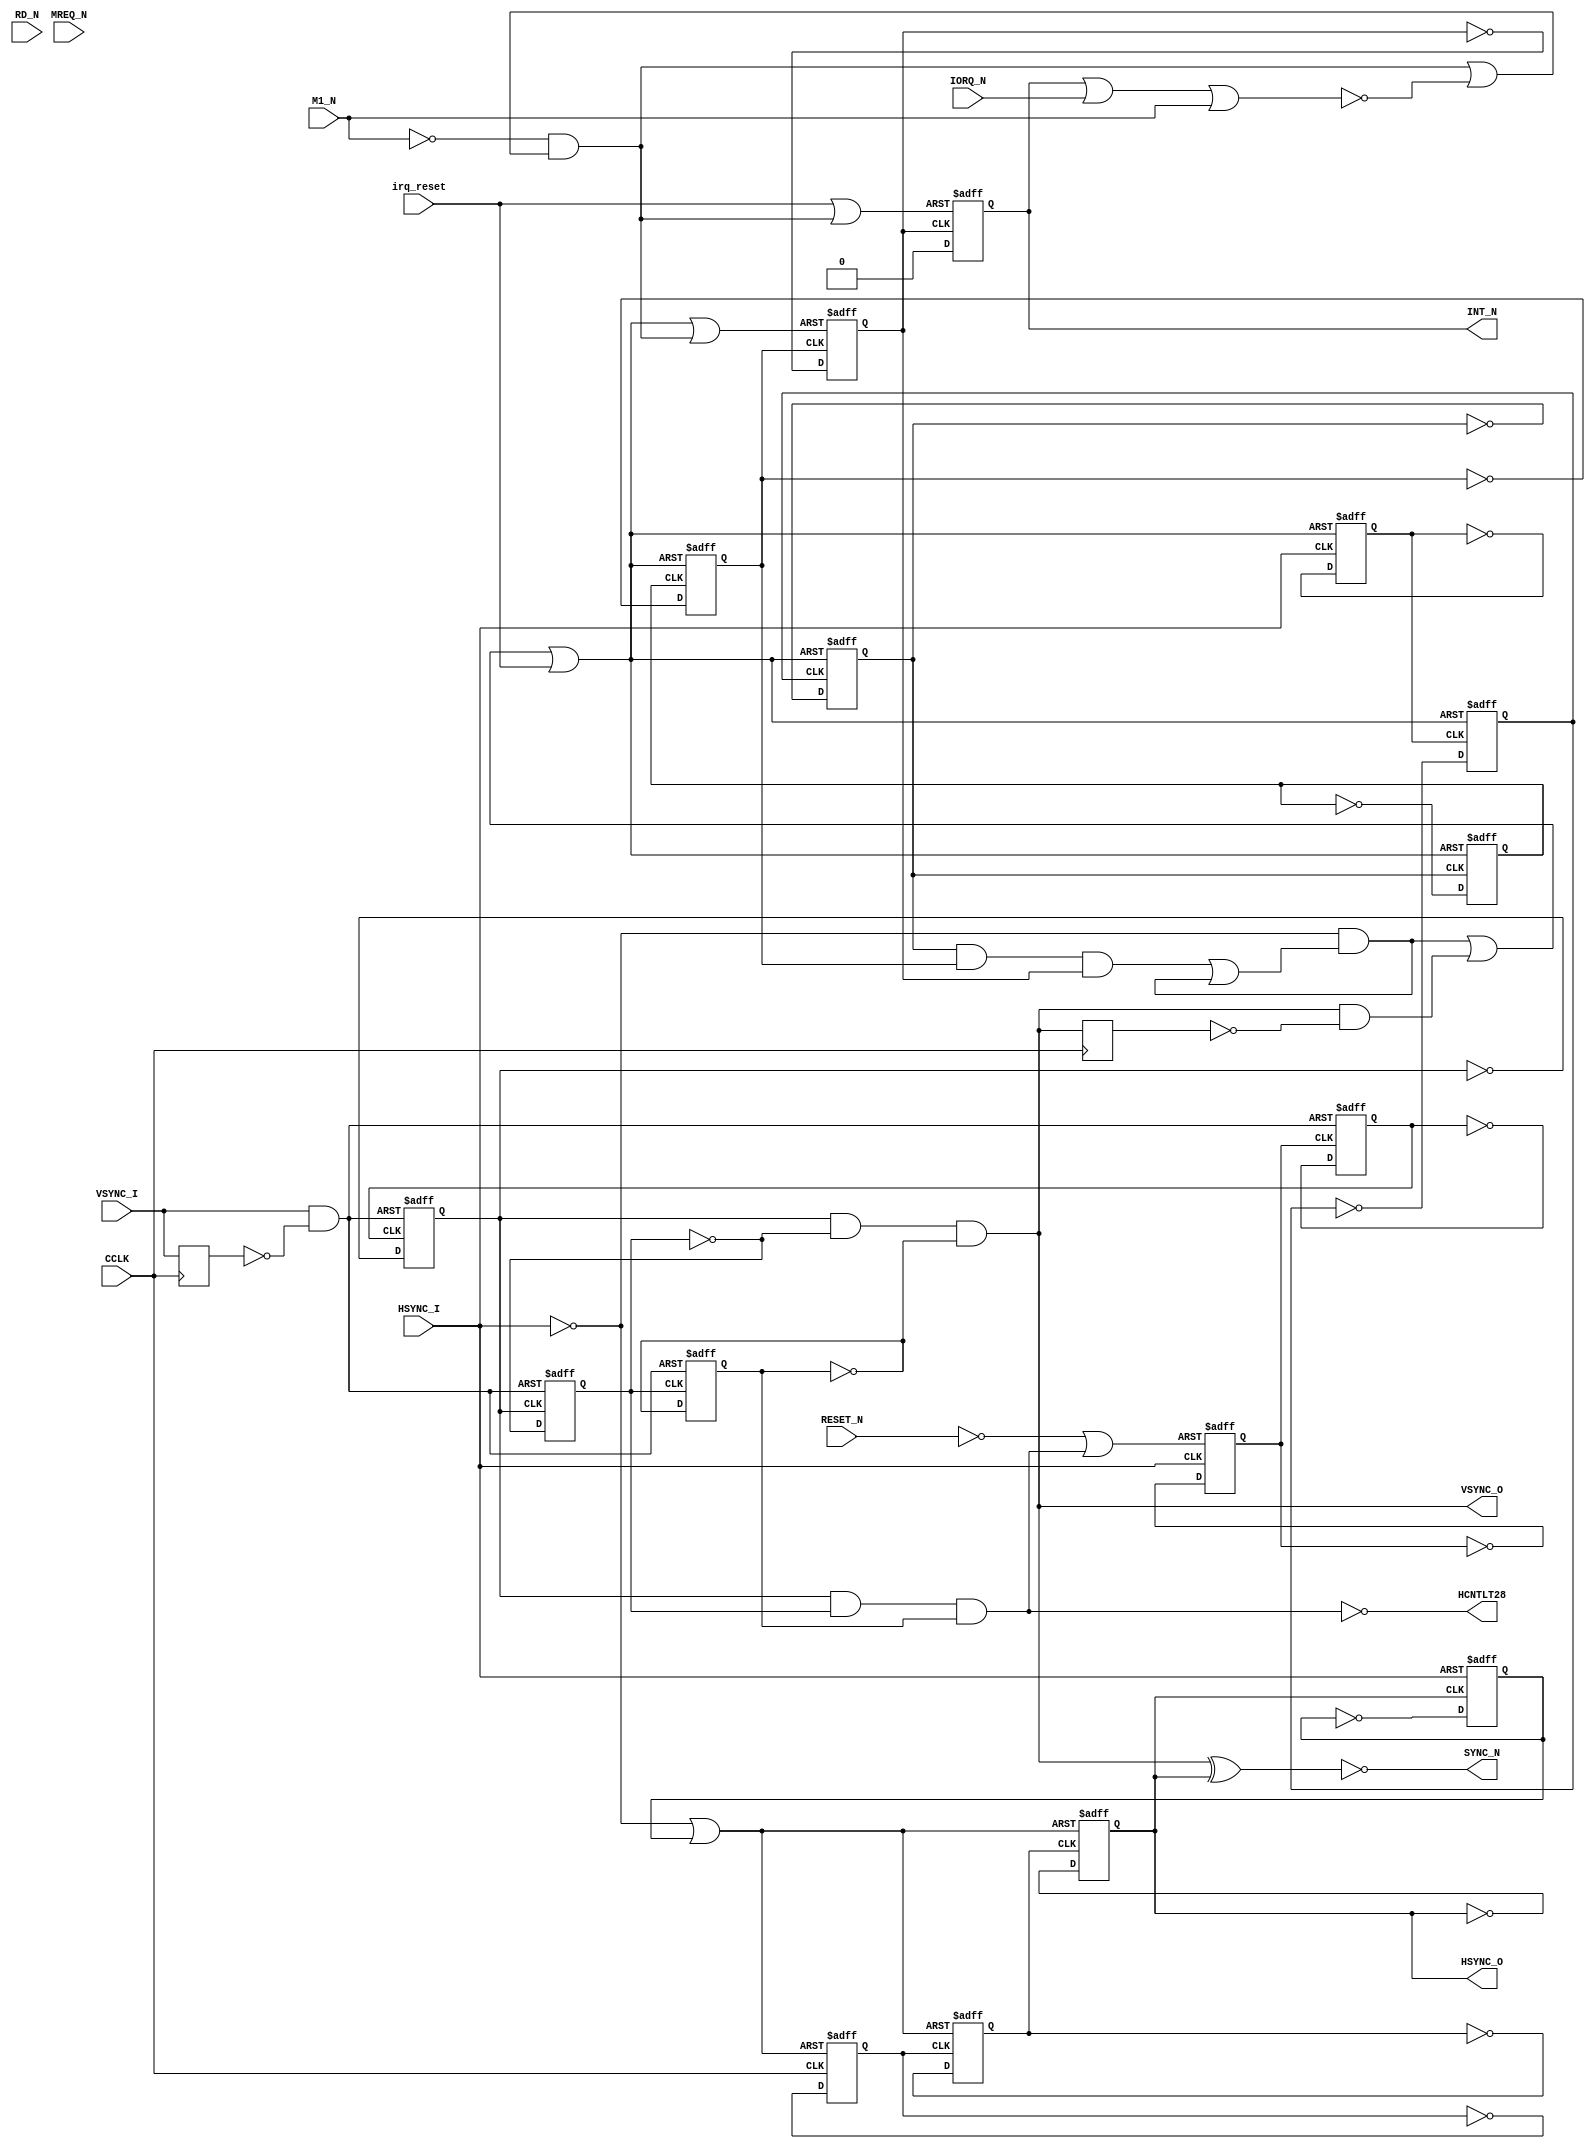
// ====================================================================
//
//  Amstrad CPC Gate Array
//  Based on 40010-simplified_V03.pdf by Gerald
//
//  Copyright (C) 2020 Gyorgy Szombathelyi <gyurco@freemail.hu>
//
//  This program is free software; you can redistribute it and/or modify it
//  under the terms of the GNU General Public License as published by the Free
//  Software Foundation; either version 2 of the License, or (at your option)
//  any later version.
//
//  This program is distributed in the hope that it will be useful, but WITHOUT
//  ANY WARRANTY; without even the implied warranty of MERCHANTABILITY or
//  FITNESS FOR A PARTICULAR PURPOSE.  See the GNU General Public License for
//  more details.
//
//  You should have received a copy of the GNU General Public License along
//  with this program; if not, write to the Free Software Foundation, Inc.,
//  51 Franklin Street, Fifth Floor, Boston, MA 02110-1301 USA.
//
//============================================================================

// Original sync+int generator from reverse engineered schematics
module syncgen (
	input  CCLK,
	input  RESET_N,
	input  MREQ_N,
	input  M1_N,
	input  RD_N,
	input  IORQ_N,
	input  HSYNC_I,
	input  VSYNC_I,
	input  irq_reset,

	output HSYNC_O,
	output VSYNC_O,
	output SYNC_N,
	output reg INT_N,
	output HCNTLT28
);

/* verilator lint_off MULTIDRIVEN */
/* verilator lint_off UNOPTFLAT */
reg [5:0] intcnt;
reg [4:0] hcnt;
reg [3:0] hdelay;

/* verilator lint_on MULTIDRIVEN */
/* verilator lint_on UNOPTFLAT */

reg       vsync_d; // u803
wire      hsync_n = ~HSYNC_I; // u801
reg       vsync_o_d; // u812
/* verilator lint_off UNOPTFLAT */
wire      irqack_rst;
/* verilator lint_on UNOPTFLAT */

always @(negedge CCLK) begin
	vsync_d <= VSYNC_I;
	vsync_o_d <= VSYNC_O;
end

assign VSYNC_O = hcnt[2] & ~hcnt[3] & ~hcnt[4]; // u806

/* verilator lint_off UNOPTFLAT */
wire intcntclr_52 = hsync_n & ((intcnt[2] & intcnt[4] & intcnt[5]) | intcntclr_52); // u816
/* verilator lint_on UNOPTFLAT */
wire intcntclr_4  = VSYNC_O & ~vsync_o_d; // u817
wire intcnt_res0 = intcntclr_52 | intcntclr_4 | irq_reset; // u831
wire intcnt_res1 = intcnt_res0 | irqack_rst; // u833

always @(posedge hsync_n, posedge intcnt_res0) if (intcnt_res0) intcnt[0] <= 0; else intcnt[0] <= ~intcnt[0];
always @(negedge intcnt[0], posedge intcnt_res0) if (intcnt_res0) intcnt[1] <= 0; else intcnt[1] <= ~intcnt[1];
always @(negedge intcnt[1], posedge intcnt_res0) if (intcnt_res0) intcnt[2] <= 0; else intcnt[2] <= ~intcnt[2];
always @(negedge intcnt[2], posedge intcnt_res0) if (intcnt_res0) intcnt[3] <= 0; else intcnt[3] <= ~intcnt[3];
always @(negedge intcnt[3], posedge intcnt_res0) if (intcnt_res0) intcnt[4] <= 0; else intcnt[4] <= ~intcnt[4];
always @(negedge intcnt[4], posedge intcnt_res1) if (intcnt_res1) intcnt[5] <= 0; else intcnt[5] <= ~intcnt[5];

assign HCNTLT28 = ~(hcnt[2] & hcnt[3] & hcnt[4]); // u802
wire hcnt_res0 = ~RESET_N | ~HCNTLT28; // u805
always @(posedge hsync_n, posedge hcnt_res0) if (hcnt_res0) hcnt[0] <= 0; else hcnt[0] <= ~hcnt[0];
wire hcnt_res1 = VSYNC_I & ~vsync_d; // u810
always @(negedge hcnt[0], posedge hcnt_res1) if (hcnt_res1) hcnt[1] <= 0; else hcnt[1] <= ~hcnt[1];
always @(posedge hcnt[1], posedge hcnt_res1) if (hcnt_res1) hcnt[2] <= 0; else hcnt[2] <= ~hcnt[2];
always @(negedge hcnt[2], posedge hcnt_res1) if (hcnt_res1) hcnt[3] <= 0; else hcnt[3] <= ~hcnt[3];
always @(negedge hcnt[3], posedge hcnt_res1) if (hcnt_res1) hcnt[4] <= 0; else hcnt[4] <= ~hcnt[4];

wire hdelay_res0 = hsync_n | hdelay[3]; // u804
wire hdelay_res1 = hsync_n; // u822

always @(negedge CCLK, posedge hdelay_res0) if (hdelay_res0) hdelay[0] <= 0; else hdelay[0] <= ~hdelay[0];
always @(negedge hdelay[0], posedge hdelay_res0) if (hdelay_res0) hdelay[1] <= 0; else hdelay[1] <= ~hdelay[1];
always @(posedge hdelay[1], posedge hdelay_res0) if (hdelay_res0) hdelay[2] <= 0; else hdelay[2] <= ~hdelay[2];
always @(negedge hdelay[2], posedge hdelay_res1) if (hdelay_res1) hdelay[3] <= 0; else hdelay[3] <= ~hdelay[3];

assign HSYNC_O = hdelay[2];

assign SYNC_N = ~(VSYNC_O ^ HSYNC_O);

wire mode_sync = ~hdelay[2];

wire int_reset = irq_reset | irqack_rst;

always @(negedge intcnt[5], posedge int_reset)  begin
    if (int_reset) INT_N <= 1; else INT_N <= 0;
end

assign irqack_rst = ~M1_N & (irqack_rst | ~(INT_N | IORQ_N | M1_N));

endmodule